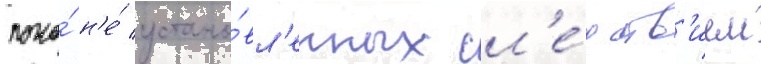
пока́ н'е́ устано́вл'енных сл'е́дств'ием